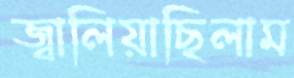
জ্বালিয়াছিলাম